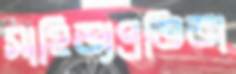
সাহিত্যপ্রতিভা